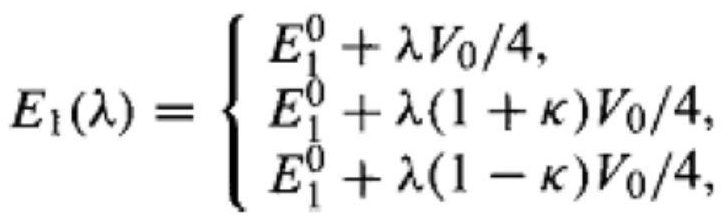
$E_1(\lambda)=\left\{\begin{array}{l}E_1^0+\lambda V_0/4,\\E_1^0+\lambda(1+\kappa)V_0/4,\\E_1^0+\lambda(1-\kappa)V_0/4,\end{array}\right.$